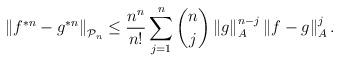
LaTeX: \begin{align*}\left\Vert f^{*n}-g^{*n} \right\Vert_{\mathcal{P}_n}\le\frac{n^n}{n!}\sum_{j=1}^{n}\binom{n}{j} \left\Vert g \right\Vert_{A}^{n-j} \left\Vert f-g \right\Vert_{A}^{j}.\end{align*}